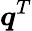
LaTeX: \boldsymbol{q}^{T}